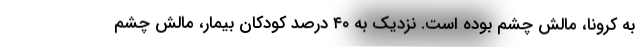
به کرونا، مالش چشم بوده است. نزدیک به ۴۰ درصد کودکان بیمار، مالش چشم